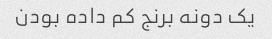
یک دونه برنج کم داده بودن